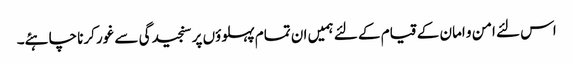
اس لئے امن و امان کے قیام کے لئے ہمیں ان تمام پہلوؤں پر سنجیدگی سے غور کرنا چاہئے۔